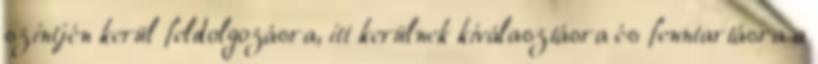
szintjén kerül feldolgozásra, itt kerülnek kiválasztásra és fenntartásra a